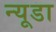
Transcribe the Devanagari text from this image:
न्यूडा